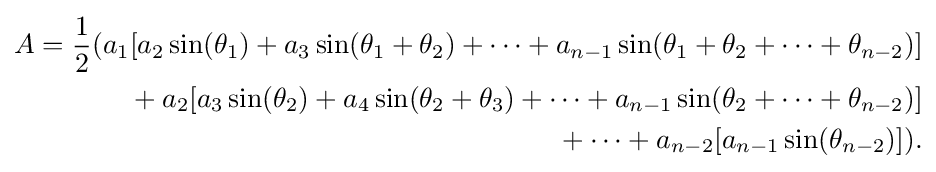
{\begin{aligned}A={\frac {1}{2}}(a_{1}[a_{2}\sin(\theta _{1})+a_{3}\sin(\theta _{1}+\theta _{2})+\cdots +a_{n-1}\sin(\theta _{1}+\theta _{2}+\cdots +\theta _{n-2})]\\{}+a_{2}[a_{3}\sin(\theta _{2})+a_{4}\sin(\theta _{2}+\theta _{3})+\cdots +a_{n-1}\sin(\theta _{2}+\cdots +\theta _{n-2})]\\{}+\cdots +a_{n-2}[a_{n-1}\sin(\theta _{n-2})]).\end{aligned}}